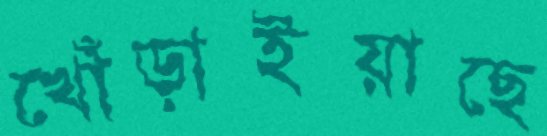
খোঁড়াইয়াছে